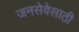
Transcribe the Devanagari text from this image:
जनसेवेसाठी